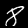
Digit: 8